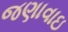
જણાવાઇ